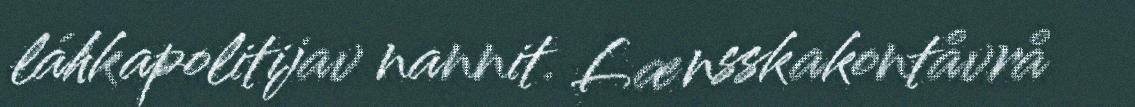
láhkapolitijav nannit. Lænsskakontåvrå